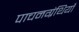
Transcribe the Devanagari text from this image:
पाचनग्रंथियाँ